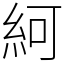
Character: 䋍